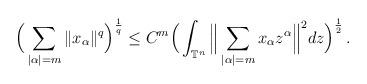
LaTeX: \begin{align*}\Big( \sum_{\vert \alpha \vert = m} \Vert x_{\alpha} \Vert^{q} \Big)^{\frac{1}{q}}\leq C^{m} \Big( \int_{\mathbb{T}^{n}} \Big\Vert \sum_{\vert \alpha \vert = m} x_{\alpha} z^{\alpha} \Big\Vert^{2} dz \Big)^{\frac{1}{2}} \,.\end{align*}